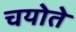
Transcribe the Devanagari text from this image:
चयोते